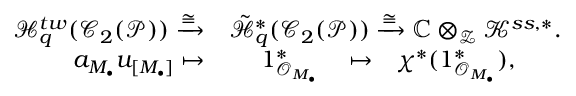
\begin{array} { r l } { { \mathcal H } _ { q } ^ { t w } ( { \mathcal C } _ { 2 } ( { \mathcal P } ) ) \xrightarrow { \cong } } & { \tilde { { \mathcal H } } _ { q } ^ { * } ( { \mathcal C } _ { 2 } ( { \mathcal P } ) ) \xrightarrow \cong { \mathbb C } \otimes _ { { \mathcal Z } } { \mathcal K } ^ { s s , * } . } \\ { a _ { M _ { \bullet } } u _ { [ M _ { \bullet } ] } \mapsto } & { \ \ \ \ 1 _ { { \mathcal O } _ { M _ { \bullet } } } ^ { * } \ \ \ \mapsto \ \ \chi ^ { * } ( 1 _ { { \mathcal O } _ { M _ { \bullet } } } ^ { * } ) , } \end{array}